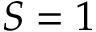
S = 1